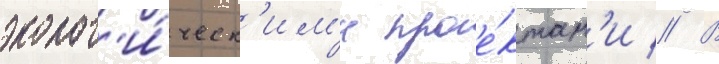
эколог'и́ческ'им'и прое́ктам'и // В